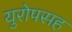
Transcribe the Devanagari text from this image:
युरोपसह